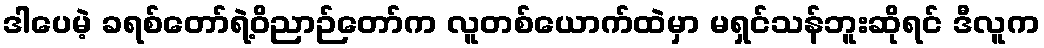
ဒါပေမဲ့ ခရစ်တော်ရဲ့ဝိညာဉ်တော်က လူတစ်ယောက်ထဲမှာ မရှင်သန်ဘူးဆိုရင် ဒီလူက